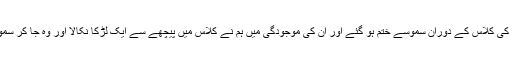
ایک دفعہ ان کی کلاس کے دوران سموسے ختم ہو گئے اور ان کی موجودگی میں ہم نے کلاس میں پیچھے سے ایک لڑکا نکالا اور وہ جا کر سموسے لے آیا۔